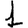
Digit: 1